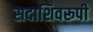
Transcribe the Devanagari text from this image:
सदाशिवरूपी